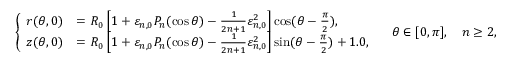
\left\{ \begin{array} { l l } { r ( \theta , 0 ) } & { = R _ { 0 } \left[ 1 + \varepsilon _ { n , 0 } P _ { n } ( \cos \theta ) - \frac { 1 } { 2 n + 1 } \varepsilon _ { n , 0 } ^ { 2 } \right] \cos ( \theta - \frac { \pi } { 2 } ) , } \\ { z ( \theta , 0 ) } & { = R _ { 0 } \left[ 1 + \varepsilon _ { n , 0 } P _ { n } ( \cos \theta ) - \frac { 1 } { 2 n + 1 } \varepsilon _ { n , 0 } ^ { 2 } \right] \sin ( \theta - \frac { \pi } { 2 } ) + 1 . 0 , } \end{array} \right. \quad \theta \in [ 0 , \pi ] , \quad n \geq 2 ,